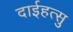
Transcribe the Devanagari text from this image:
दाईहत्सु